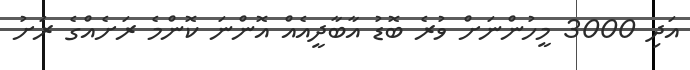
އަދި 3000 މީހުންނަށް ވުރެ ބޮޑު އާބާދީއެއް އޮންނަ ކޮންމެ ރަށެއްގެ ރަށު